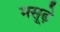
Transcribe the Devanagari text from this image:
मसूढ़े